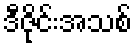
ဒီဇိုင်းအသစ်